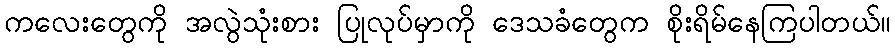
ကလေးတွေကို အလွဲသုံးစား ပြုလုပ်မှာကို ဒေသခံတွေက စိုးရိမ်နေကြပါတယ်။